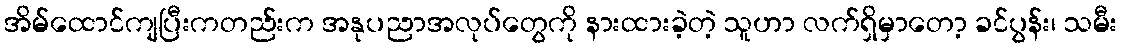
အိမ်ထောင်ကျပြီးကတည်းက အနုပညာအလုပ်တွေကို နားထားခဲ့တဲ့ သူဟာ လက်ရှိမှာတော့ ခင်ပွန်း၊ သမီး